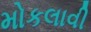
મોકલાવી